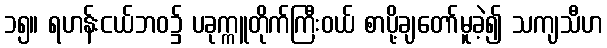
၁၅။ ရဟန်းငယ်ဘဝ၌ ပခုက္ကူတိုက်ကြီးဝယ် စာပို့ချတော်မူခဲ့၍ သကျသီဟ